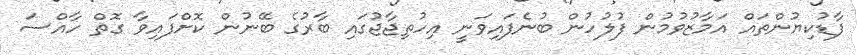
ފާޑުކިޔުންތައް އަމާޒުވުމުން ފުލުހުން ބުނެފައިވަނީ އިހުތިޖާޖުގައި ބާރުގެ ބޭނުން ކޮށްފައިވާ ގޮތް ހާއްސަ